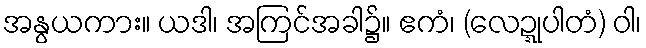
အနွယကား။ ယဒါ၊ အကြင်အခါ၌။ ဧကံ၊ (လေဍ္ဍုပါတံ) ဝါ၊